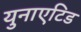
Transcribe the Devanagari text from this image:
युनाएटिड